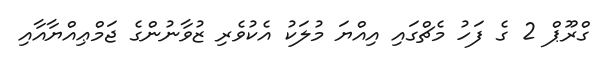
ގްރޫޕް 2 ގެ ފަހު މެޗްގައި އިއްޔަ މުލަކު އެކުވެރި ޒުވާނުންގެ ޖަމްޢިއްޔާއާއި